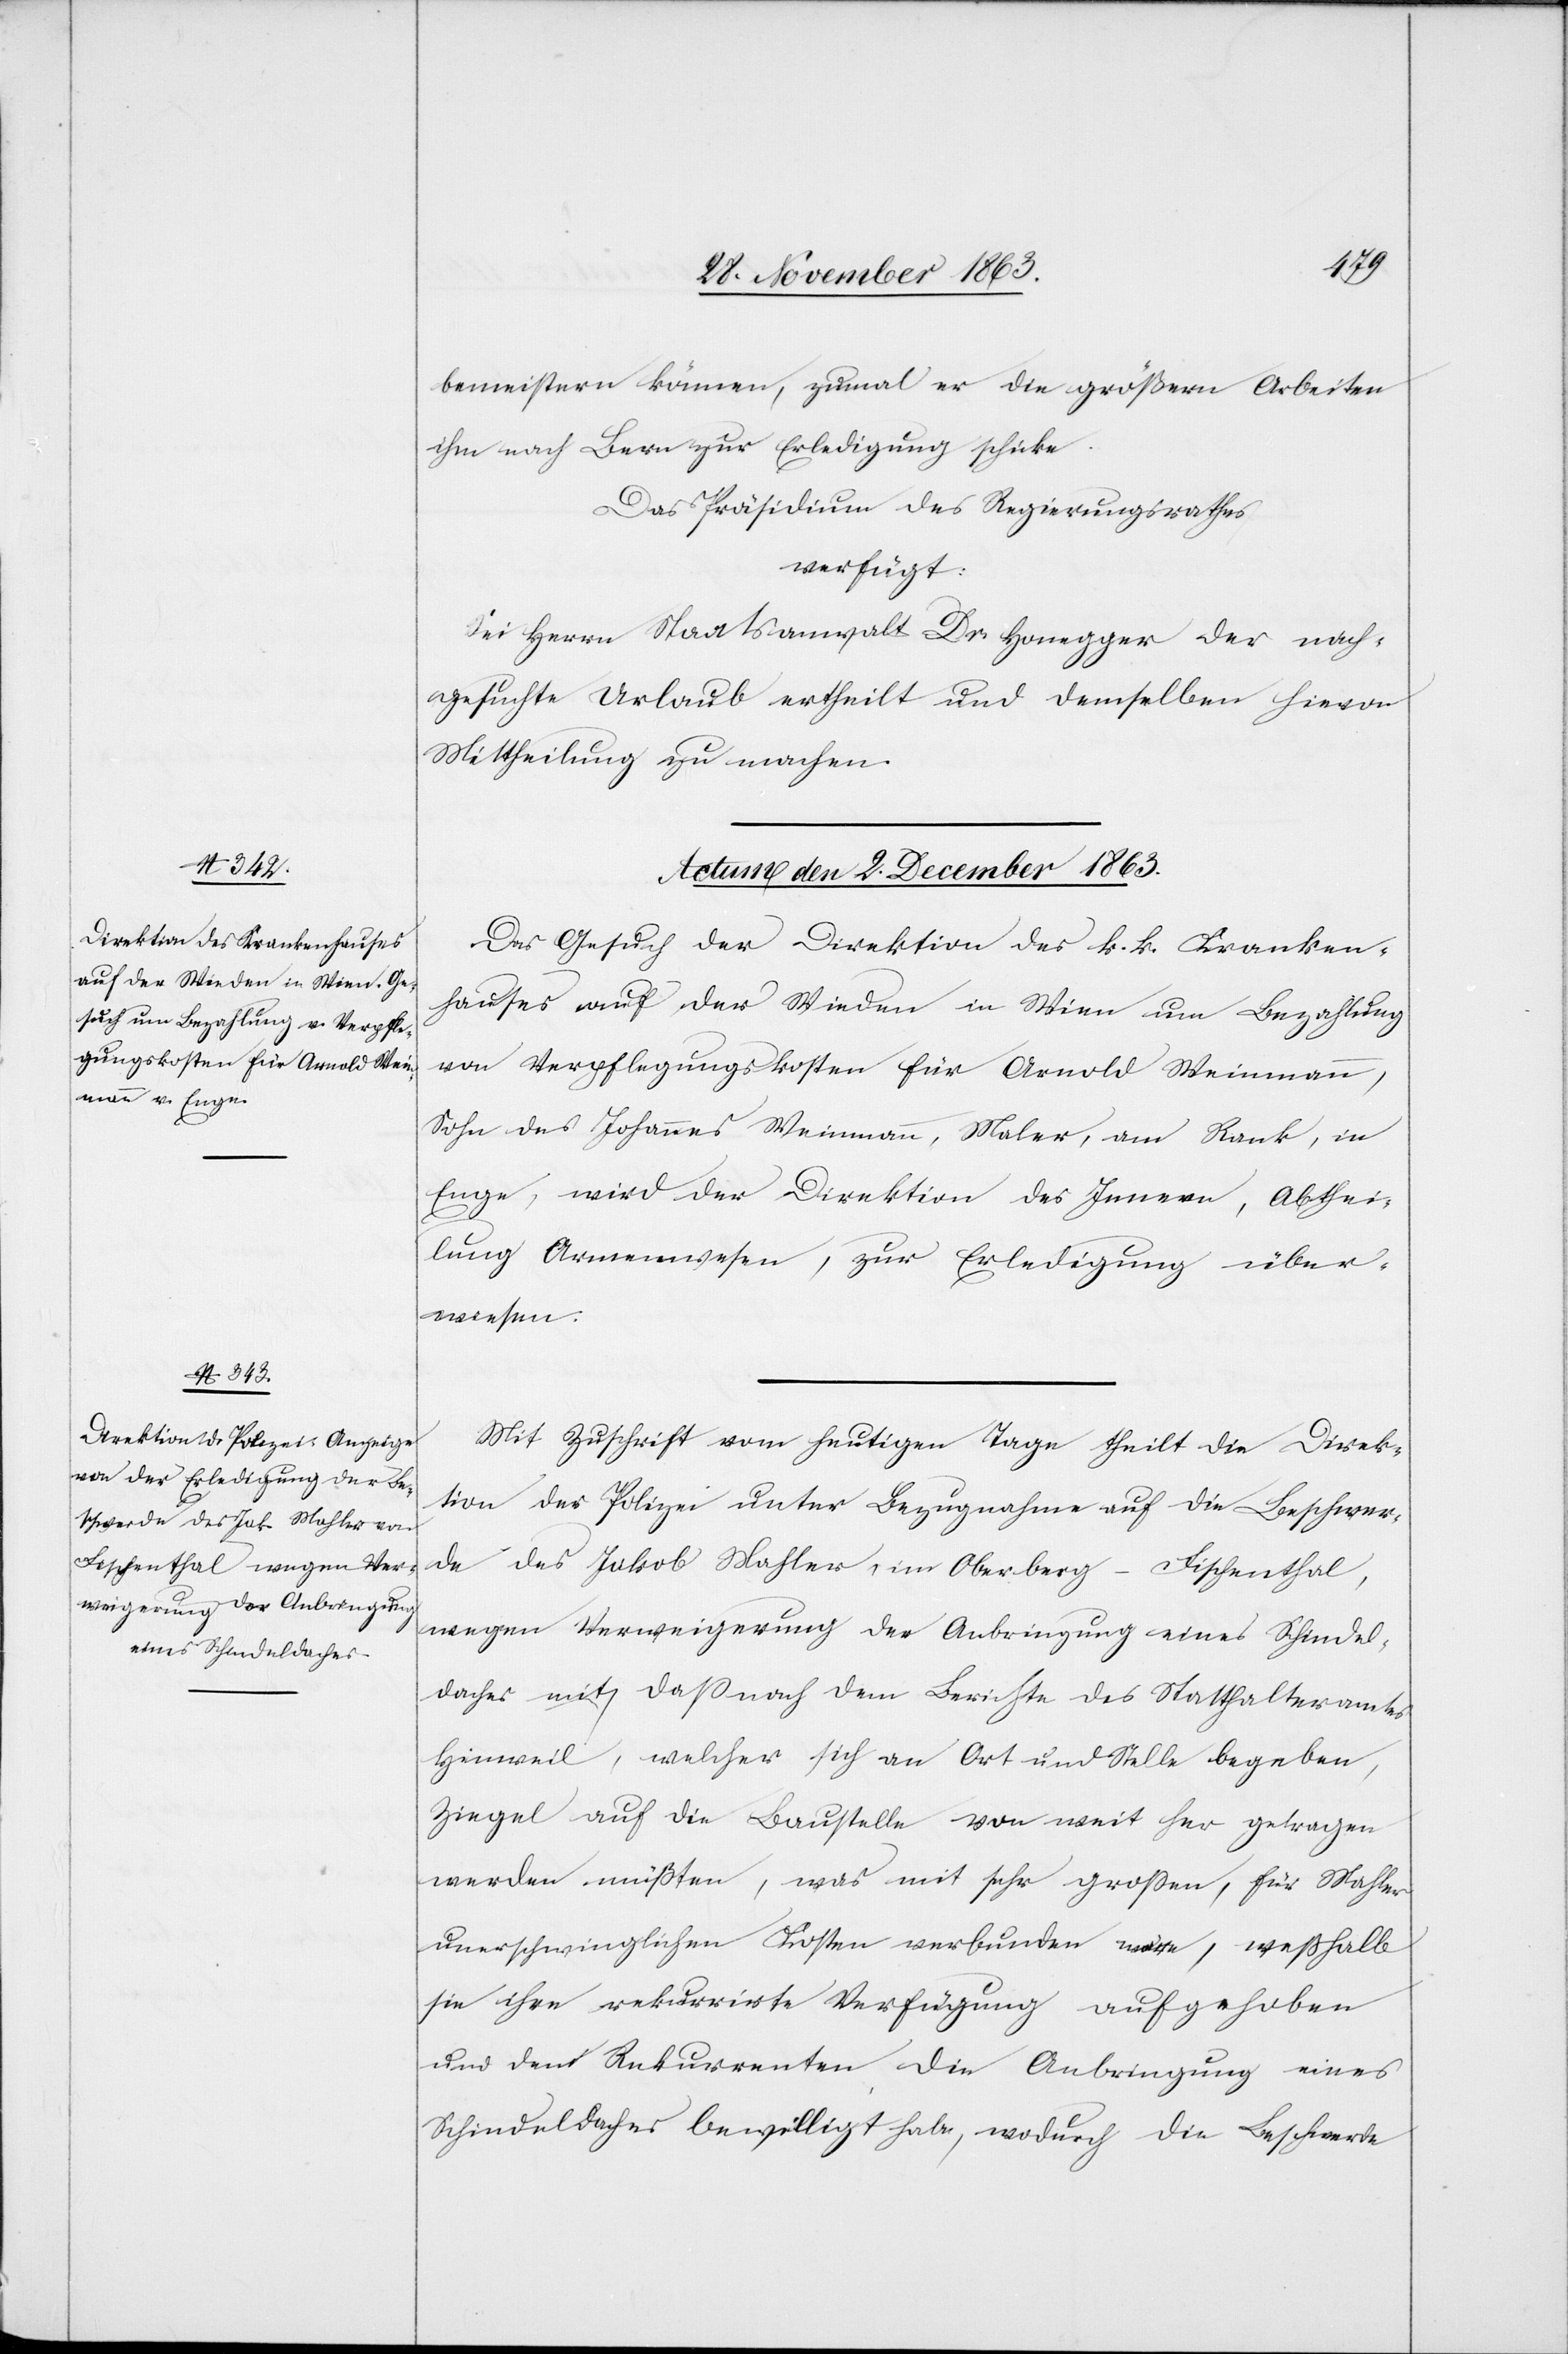
bemeistern können, zumal er die größern Arbeiten
ihm nach Bern zur Erledigung schicke.
Das Präsidium des Regierungsrathes
verfügt:
Sei Herrn Staatsanwalt Dr. Honegger der nach¬
gesuchte Urlaub ertheilt und demselben hievon
Mittheilung zu machen.
Actum den 2. December 1863.]
Das Gesuch der Direktion des k. k. Kranken¬
hauses auf der Wieden in Wien um Bezahlung
von Verpflegungskosten für Arnold Weinmann,
Sohn des Johannes Weinmann, Maler, am Rank, in
Enge, wird der Direktion des Innern, Abthei¬
lung Armenwesen, zur Erledigung über¬
wiesen.
Mit Zuschrift vom heutigen Tage theilt die Direk¬
tion der Polizei unter Bezugnahme auf die Beschwer¬
de des Jakob Mahler, im Oberberg-Fischenthal,
wegen Verweigerung der Anbringung eines Schindel¬
daches mit, dass nach dem Berichte des Statthalteramtes
Hinweil, welcher sich an Ort und Stelle begeben,
Ziegel auf die Baustellte von weit her getragen
werden müßten, was mit sehr grossen, für Mahler
unerschwinglichen Kosten verbunden wäre, weßhalb
sie ihre rekurrirte Verfügung aufgehoben
und dem Rekurrenten die Anbringung eines
Schindeldaches bewilligt habe, wodurch die Beschwerde